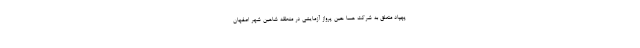
پهپاد متعلق به شرکت هسا حین پرواز آزمایشی در منطقه شاهین شهر اصفهان